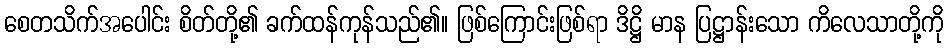
စေတသိက်အပေါင်း စိတ်တို့၏ ခက်ထန်ကုန်သည်၏။ ဖြစ်ကြောင်းဖြစ်ရာ ဒိဋ္ဌိ မာန ပြဋ္ဌာန်းသော ကိလေသာတို့ကို